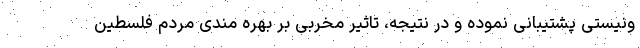
ونیستی پشتیبانی نموده و در نتیجه، تاثیر مخربی بر بهره مندی مردم فلسطین